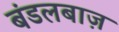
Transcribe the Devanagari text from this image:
बंडलबाज़